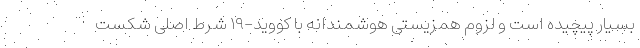
بسیار پیچیده است و لزوم همزیستی هوشمندانه با کووید-۱۹ شرط اصلی شکست